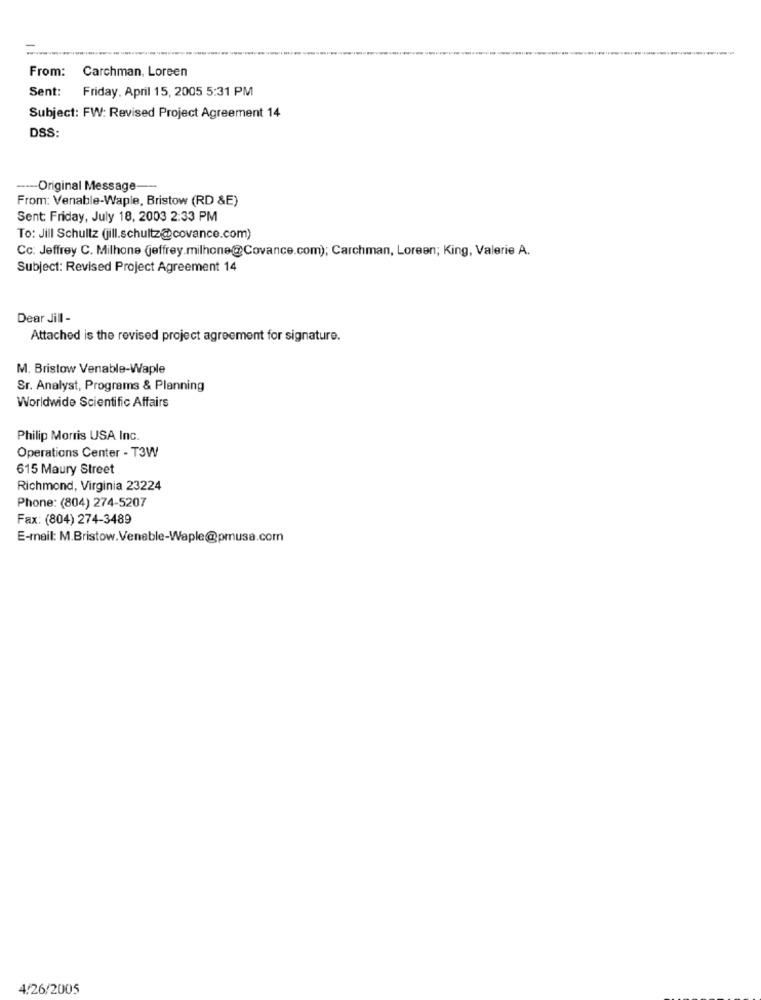
From: Carchman, Loreen
Sent: Friday, April 15, 2005 5:31 PM
Subject: FW: Revised Project Agreement 14
DSS:
---- Original Message-
From: Venable-Waple, Bristow (RD &E)
Sent: Friday, July 18, 2003 2:33 PM
To: Jill Schultz (jill.schultz@covance.com)
Cc: Jeffrey C. Milhone (jeffrey.milhone@Covance.com); Carchman, Loreen; King, Valerie A.
Subject: Revised Project Agreement 14
Dear Jill -
Attached is the revised project agreement for signature.
M. Bristow Venable-Waple
Sr. Analyst, Programs & Planning
Worldwide Scientific Affairs
Philip Morris USA Inc.
Operations Center - T3W
615 Maury Street
Richmond, Virginia 23224
Phone: (804) 274-5207
Fax: (804) 274-3489
E-mail: M.Bristow.Venable-Waple@pmusa.com
4/26/2005